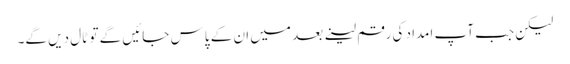
لیکن جب آپ امداد کی رقم لینے بعد میں ان کے پاس جائیں گے تو ٹال دیں گے۔